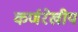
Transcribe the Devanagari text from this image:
कर्णरेखीय